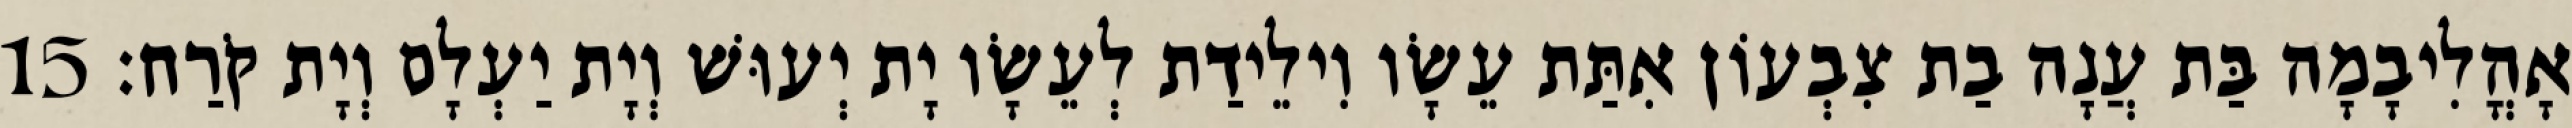
אָהֳלִיבָמָה בַּת עֲנָה בַת צִבְעוֹן אִתַּת עֵשָׂו וִילֵידַת לְעֵשָׂו יָת יְעוּשׁ וְיָת יַעְלָם וְיָת קֹרַח׃ 15